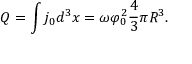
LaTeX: Q = \int j _ { 0 } d ^ { 3 } x = \omega \varphi _ { 0 } ^ { 2 } { \frac { 4 } { 3 } } \pi R ^ { 3 } .